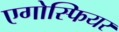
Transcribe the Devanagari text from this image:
एगोस्फियर